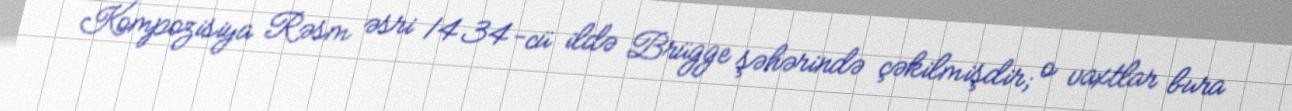
Kompozisiya Rəsm əsri 1434-cü ildə Brügge şəhərində çəkilmişdir; o vaxtlar bura